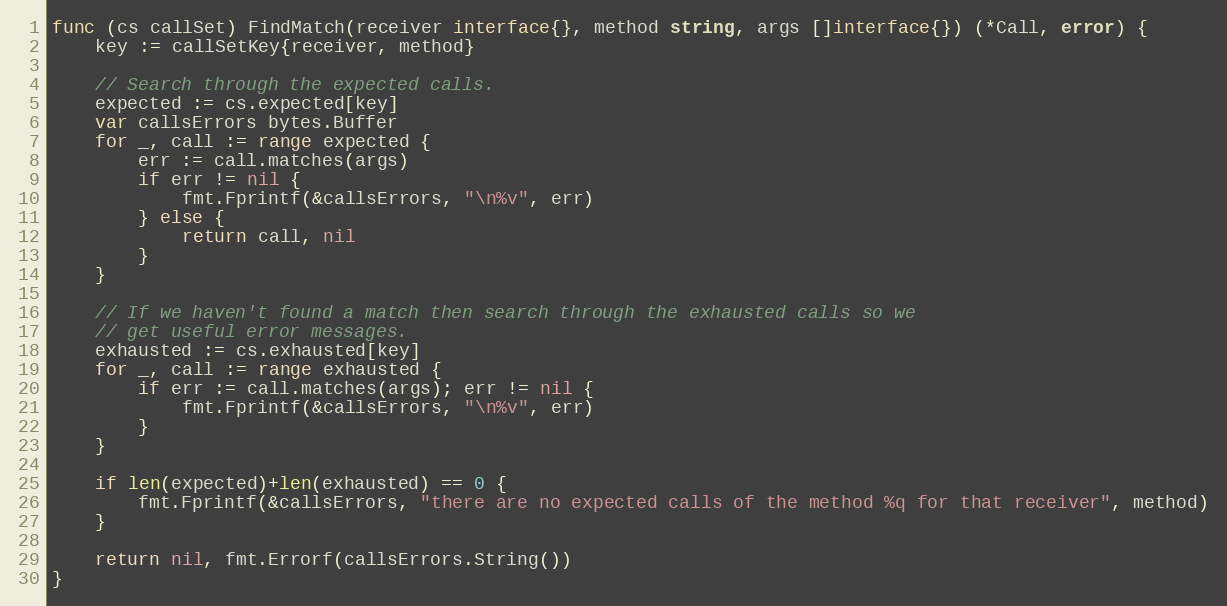
Language: Go
func (cs callSet) FindMatch(receiver interface{}, method string, args []interface{}) (*Call, error) {
	key := callSetKey{receiver, method}

	// Search through the expected calls.
	expected := cs.expected[key]
	var callsErrors bytes.Buffer
	for _, call := range expected {
		err := call.matches(args)
		if err != nil {
			fmt.Fprintf(&callsErrors, "\n%v", err)
		} else {
			return call, nil
		}
	}

	// If we haven't found a match then search through the exhausted calls so we
	// get useful error messages.
	exhausted := cs.exhausted[key]
	for _, call := range exhausted {
		if err := call.matches(args); err != nil {
			fmt.Fprintf(&callsErrors, "\n%v", err)
		}
	}

	if len(expected)+len(exhausted) == 0 {
		fmt.Fprintf(&callsErrors, "there are no expected calls of the method %q for that receiver", method)
	}

	return nil, fmt.Errorf(callsErrors.String())
}